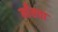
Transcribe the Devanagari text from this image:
माँसचा